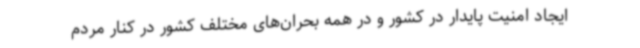
ایجاد امنیت پایدار در کشور و در همه بحران‌های مختلف کشور در کنار مردم